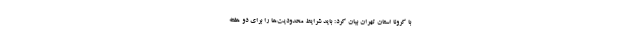
با کرونا استان تهران بیان کرد: باید شرایط محدودیت‌ها را برای دو هفته